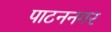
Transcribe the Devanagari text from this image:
पाटननगर